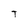
Character: T